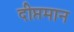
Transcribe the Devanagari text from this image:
दीप्तमान